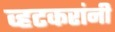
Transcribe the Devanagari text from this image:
व्हटकरांनी